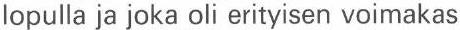
lopulla ja joka oli erityisen voimakas